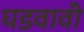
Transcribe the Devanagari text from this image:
घडवावी